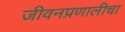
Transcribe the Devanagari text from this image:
जीवनप्रणालीचा